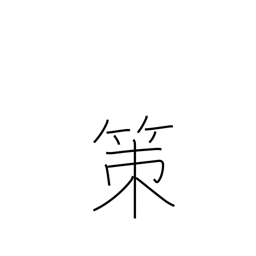
Meaning: policy